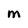
Character: M